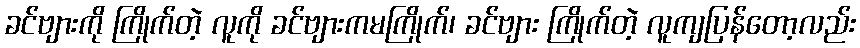
ခင်ဗျားကို ကြိုက်တဲ့ လူကို ခင်ဗျားကမကြိုက်၊ ခင်ဗျား ကြိုက်တဲ့ လူကျပြန်တော့လည်း